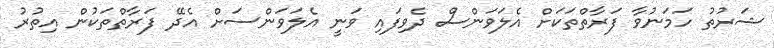
ޝަރުތު ހަމަނުވާ ފަރާތްތަކަށް އެލަވަންސް ދެވިފައި ވަނީ އެލަވަންސަށް އެދޭ ފަރާތްތަކުން އިތުރު